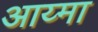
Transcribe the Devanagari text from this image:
आय्मा